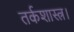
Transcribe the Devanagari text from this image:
तर्कशास्त्र।